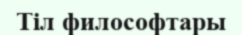
Тіл философтары